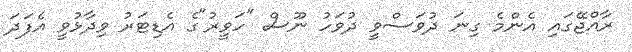
ރާއްޖޭގައި އެންމެ ގިނަ ދުވަސްވީ ދުވަހު ނޫސް "ހަވީރު"ގެ އެޑިޓަރު ވިދާޅުވީ އެފަދަ